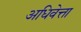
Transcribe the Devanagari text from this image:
अधिवेत्ता